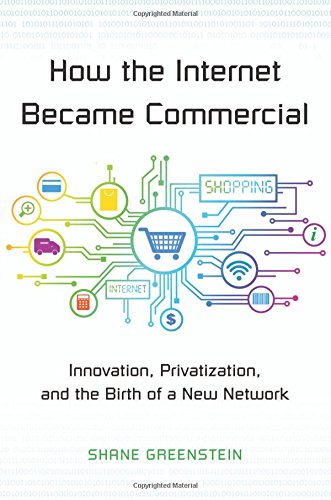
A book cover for How the Internet Became Commercial: Innovation, Privatization, and the Birth of a New Network (The Kauffman Foundation Series on Innovation and Entrepreneurship); Shane Greenstein; Computers & Technology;